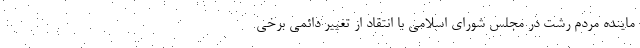
ماینده مردم رشت در مجلس شورای اسلامی با انتقاد از تغییر دائمی برخی